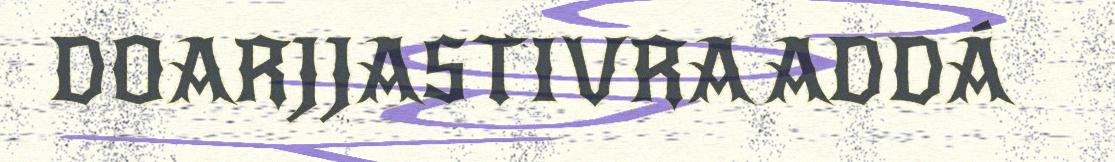
DOARJJASTIVRA ADDÁ